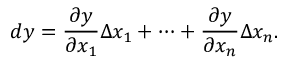
d y = { \frac { \partial y } { \partial x _ { 1 } } } \Delta x _ { 1 } + \cdots + { \frac { \partial y } { \partial x _ { n } } } \Delta x _ { n } .